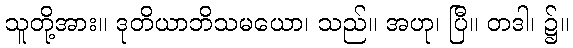
သူတို့အား။ ဒုတိယာဘိသမယော၊ သည်။ အဟု၊ ပြီ။ တဒါ၊ ၌။